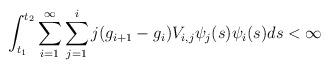
LaTeX: \begin{align*}\int_{t_1}^{t_2} \sum_{i=1}^{\infty} \sum_{j=1}^{i} j(g_{i+1}-g_i) V_{i,j}\psi_j(s)\psi_i(s)ds <\infty\end{align*}